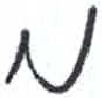
אות: מ